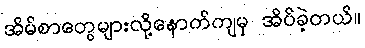
အိမ်စာတွေများလို့နောက်ကျမှ အိပ်ခဲ့တယ်။